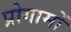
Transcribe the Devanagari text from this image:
प्रोगामों